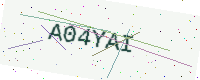
Text: A04YAI